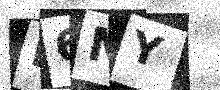
Text: E6NY